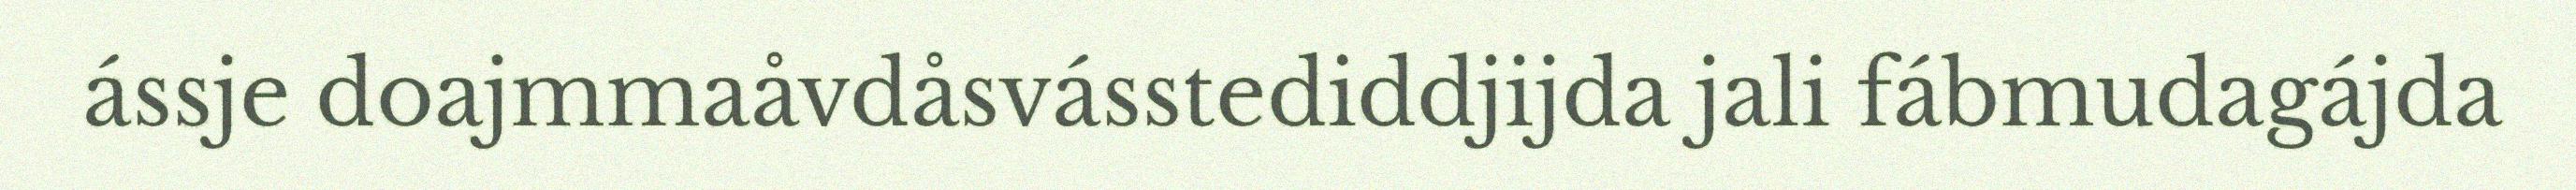
ássje doajmmaåvdåsvásstediddjijda jali fábmudagájda